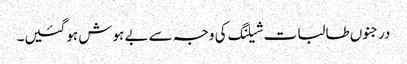
درجنوں طالبات شیلنگ کی وجہ سے بے ہوش ہوگئیں۔